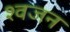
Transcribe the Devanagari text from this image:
श्वजन